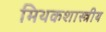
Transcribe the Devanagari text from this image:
मिथकशास्त्रीय